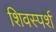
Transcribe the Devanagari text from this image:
शिवस्पर्श